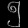
Digit: ၅